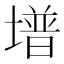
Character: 𡐭